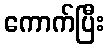
ကောက်ပြီး